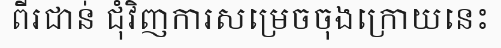
ពីរជាន់ ជុំវិញការសម្រេចចុងក្រោយនេះ